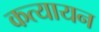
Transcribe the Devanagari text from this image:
कत्यायन